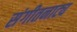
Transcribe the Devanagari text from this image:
संगीतनाट्य